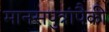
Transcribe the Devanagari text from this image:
मानसपुत्रांपैकी